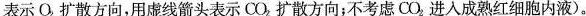
表示O扩散方向，用虚线箭头表示CO扩散方向;不考虑CO进入成熟红细胞内液)。